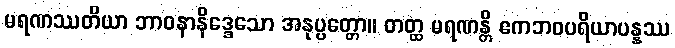
မရဏဿတိယာ ဘာဝနာနိဒ္ဒေသော အနုပ္ပတ္တော။ တတ္ထ မရဏန္တိ ဧကဘဝပရိယာပန္နဿ